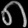
Digit: ၈